Account of plague administration in the Bombay Presidency from September 1896 till May 1897
Year: 1896
Disease focus: Plague
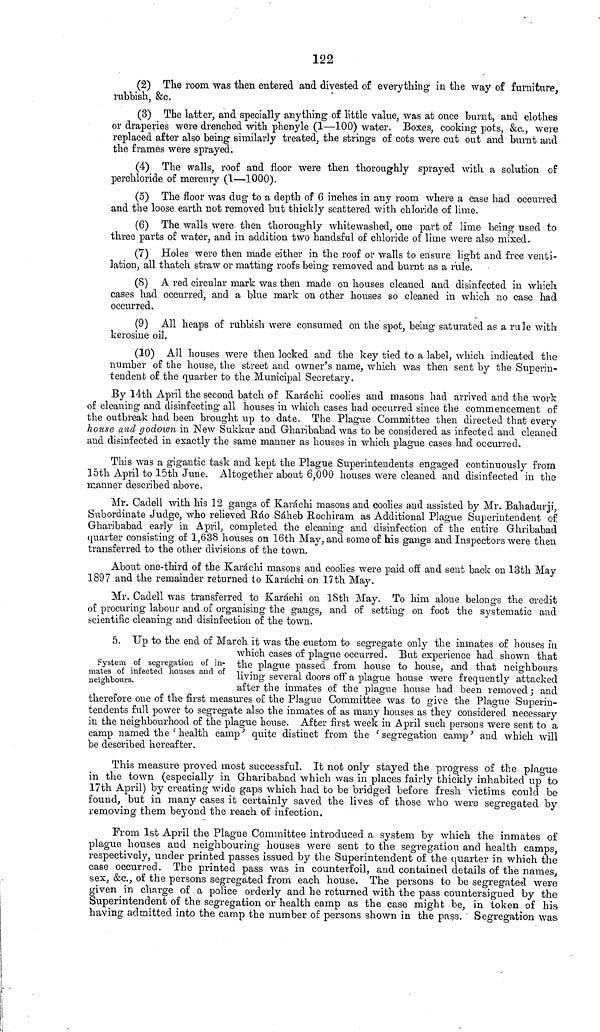
122
(2) The room was then entered and divested of everything in the way of furniture,
rubbish, &c.
(3) The latter, and specially anything of little value, was at once burnt, and clothes
or draperies were drenched with phenyle (1—100) water. Boxes, cooking pots, &c., were
replaced after also being similarly treated, the strings of cots were cut out and burnt and
the frames were sprayed.
(4) The walls, roof and floor were then thoroughly sprayed with a solution of
perchloride of mercury (1—1000).
(5) The floor was dug to a depth of 6 inches in any room where a ease had occurred
and the loose earth not removed but thickly scattered with chloride of lime.
(6) The walls were then thoroughly whitewashed, one part of lime being used to
three parts of water, and in addition two handsful of chloride of lime were also mixed.
(7) Holes were then made either in the roof or walls to ensure light and free venti-
lation, all thatch straw or matting roofs being removed and burnt as a rule.
(S) A red circular mark was then made on houses cleaned and disinfected in which
cases had occurred, and a blue mark on other houses so cleaned in which no case had
occurred.
(9) All heaps of rubbish were consumed on the spot, being saturated as a rule with
kerosine oil.
(10) All houses were then locked and the key tied to a label, which indicated the
number of the house, the street and owner's name, which was then sent by the Superin-
tendent of the quarter to the Municipal Secretary.
By 14th April the second batch of Karachi coolies and masons had arrived and the work
of cleaning and disinfecting all houses in which cases had occurred since the commencement of
the outbreak had been brought up to date. The Plague Committee then directed that every
house and godown in New Sukkur and Gharibabad was to be considered as infected and cleaned
and disinfected in exactly the same manner as houses in which plague cases had occurred.
This was a gigantic task and kept the Plague Superintendents engaged continuously from
15th April to 15th June. Altogether about 6,000 houses were cleaned and disinfected in the
manner described above.
Mr. Cadell with his 12 gangs of Karachi masons and coolies and assisted by Mr. Bahadurji,
Subordinate Judge, who relieved Ráo Sáheb Rochiram as Additional Plague Superintendent of
Gharibabad early in April, completed the cleaning and disinfection of the entire Ghribabad
quarter consisting of 1,638 houses on 16th May, and some of his gangs and Inspectors were then
transferred to the other divisions of the town.
About one-third of the Karáchi masons and coolies were paid off and sent back on 13th May
1897 and the remainder returned to Karachi on 17th May.
Mr» Cadell was transferred to Karachi on 18th May. To him alone belongs the credit
of procuring labour and of organising the gangs, and of setting on foot the systematic and
scientific cleaning and disinfection of the town.
System of segregation of in-
mates of infected houses and of
neighbours.
5. Up to the end of March it was the custom to segregate only the inmates of houses in
which cases of plague occurred. But experience had shown that
the plague passed from house to house, and that neighbours
living several doors off a plague house were frequently attacked
after the inmates of the plague house had been removed; and
therefore one of the first measures of the Plague Committee was to give the Plague Superin-
tendents full power to segregate also the inmates of as many houses as they considered necessary
in the neighbourhood of the plague house. After first week in April such persons were sent to a
camp named the ' health camp ' quite distinct from the ' segregation camp ' and which will
be described hereafter.
This measure proved most successful. It not only stayed the progress of the plague
in the town (especially in Gharibabad which was in places fairly thickly inhabited up to
17th April) by creating wide gaps which had to be bridged before fresh victims could be
found, but in many cases it certainly saved the lives of those who were segregated by
removing them beyond the reach of infection.
From 1st April the Plague Committee introduced a system by which the inmates of
plague houses and neighbouring houses were sent to the segregation and health camps,
respectively, under printed passes issued by the Superintendent of the quarter in which the
case occurred. The printed pass was in counterfoil, and contained details of the names,
sex, &c., of the persons segregated from each house. The persons to be segregated were
given in charge of a police orderly and he returned with the pass countersigned by the
Superintendent of the segregation or health camp as the case might be, in token of his
having admitted into the camp the number of persons shown in the pass. Segregation was